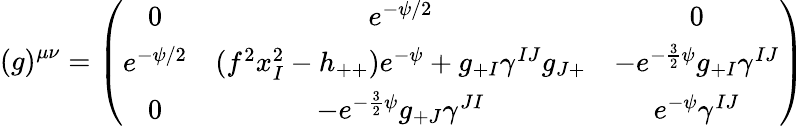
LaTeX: (g)^{\mu\nu}=\left(\begin{array}{ccc}{{0}}&{{e^{-\psi/2}}}&{{0}}\\ {{e^{-\psi/2}}}&{{(f^{2}x_{I}^{2}-h_{++})e^{-\psi}+g_{+I}\gamma^{IJ}g_{J+}}}&{{-e^{-\frac{3}{2}\psi}g_{+I}\gamma^{IJ}}}\\ {{0}}&{{-e^{-\frac{3}{2}\psi}g_{+J}\gamma^{JI}}}&{{e^{-\psi}\gamma^{IJ}}}\end{array}\right)